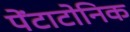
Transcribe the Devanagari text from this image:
पेंटाटोनिक